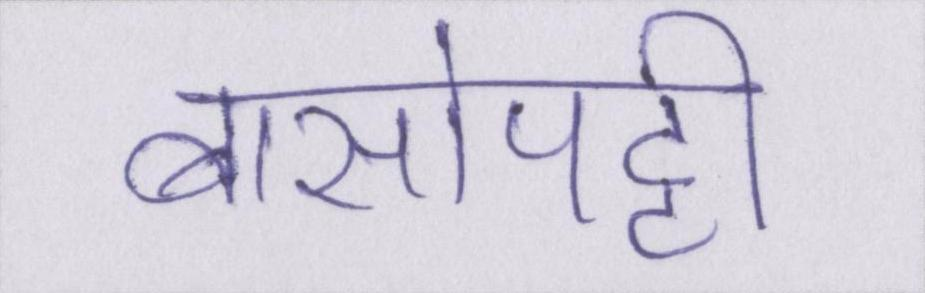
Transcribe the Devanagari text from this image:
बासोपट्टी